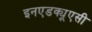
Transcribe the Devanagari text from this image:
इनएडक्यूएसी